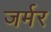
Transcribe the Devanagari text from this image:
जर्मर